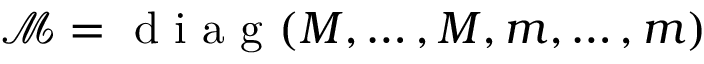
\mathcal { M } = \mathrm { ~ d ~ i ~ a ~ g ~ } ( M , \dots , M , m , \dots , m )